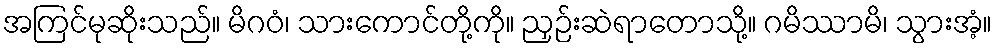
အကြင်မုဆိုးသည်။ မိဂဝံ၊ သားကောင်တို့ကို။ ညှဉ်းဆဲရာတောသို့။ ဂမိဿာမိ၊ သွားအံ့။